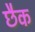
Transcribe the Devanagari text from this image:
छैक